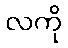
လကို